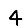
Digit: 4